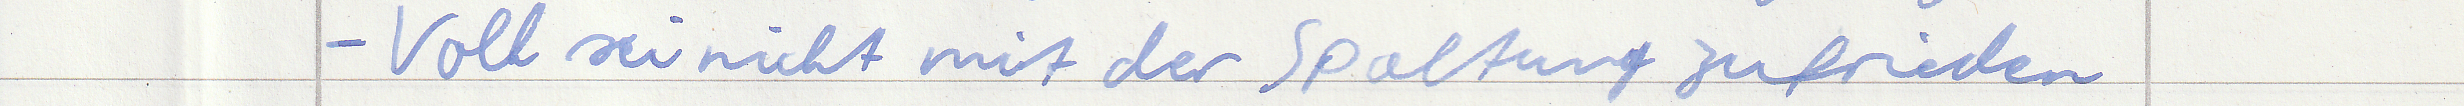
-Volk sei nicht mit der Spaltung zufrieden